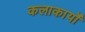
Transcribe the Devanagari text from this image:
कलाकार्यों